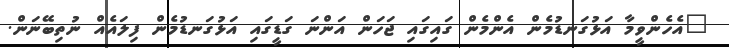
"އެހެންވީމާ އަޅުގަނޑުމެން އެންމެން ގައިގައި ޖަހަން އަންނަ ގަޑީގައި އަޅުގަނޑުމެން ފިލައެއް ނުތިބޭނަން.